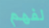
لفهم